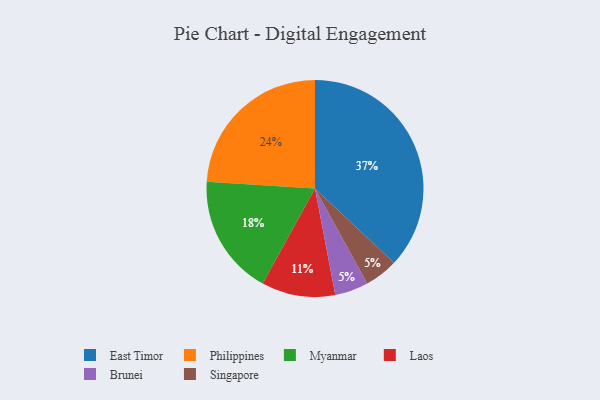
{"axis": {"x": "Category", "y": "Percentage"}, "legend": ["Brunei", "East Timor", "Laos", "Myanmar", "Philippines", "Singapore"], "data": [{"x": "Myanmar", "y": 18, "type": "Myanmar"}, {"x": "Laos", "y": 11, "type": "Laos"}, {"x": "Brunei", "y": 5, "type": "Brunei"}, {"x": "Singapore", "y": 5, "type": "Singapore"}, {"x": "Philippines", "y": 24, "type": "Philippines"}, {"x": "East Timor", "y": 37, "type": "East Timor"}]}